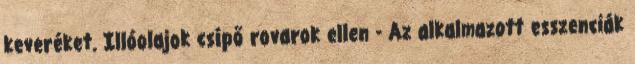
keveréket. Illóolajok csípő rovarok ellen - Az alkalmazott esszenciák